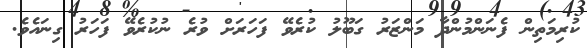
ކުރިމަތިން ފެނަންމުންދާ މަންޒަރު ގަބޫލު ކުރެވޭ ފަހަރަށް ވުރެ ނުކުރެވޭ ފަހަރު ގިނައެވެ.